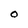
Character: 0